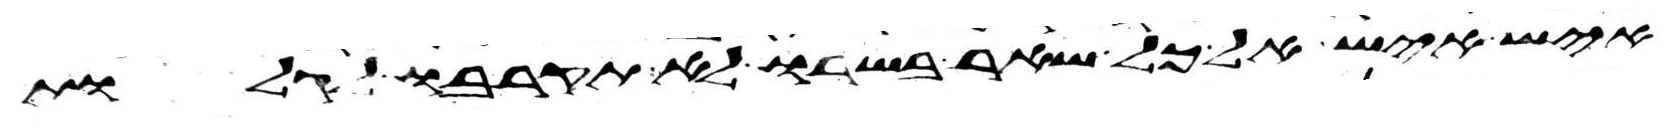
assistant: איש איש אל כל שאר בשרו לא תקרבו לגלות